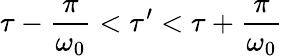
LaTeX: \tau-\frac{\pi}{\omega_{0}}<\tau^{\prime}<\tau+\frac{\pi}{\omega_{0}}